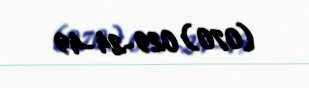
(070) 029-24-49